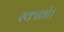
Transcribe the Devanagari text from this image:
रक्खो।